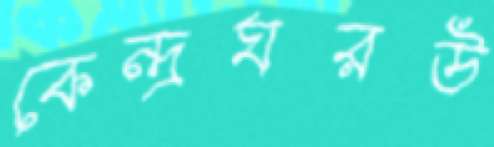
কেন্দ্রঘরউ